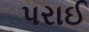
પરાઈ